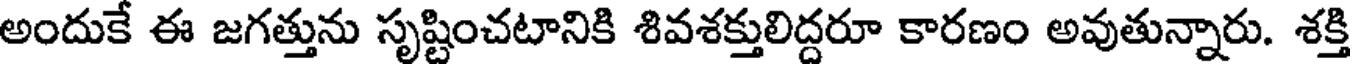
అందుకే ఈ జగత్తును సృష్టించటానికి శివశక్తులిద్దరూ కారణం అవుతున్నారు. శక్తి